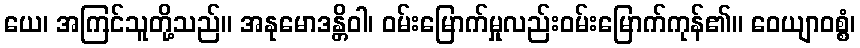
ယေ၊ အကြင်သူတို့သည်။ အနုမောဒန္တိဝါ၊ ဝမ်းမြောက်မှုလည်းဝမ်းမြောက်ကုန်၏။ ဝေယျာဝစ္စံ၊